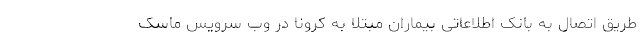
طریق اتصال به بانک اطلاعاتی بیماران مبتلا به کرونا در وب سرویس ماسک